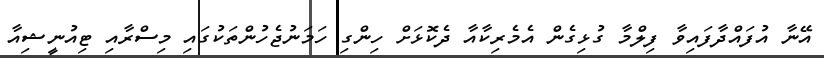
އޭނާ އުފައްދާފައިވާ ފިލްމާ ގުޅިގެން އެމެރިކާއާ ދެކޮޅަށް ހިންގި ހަމަނުޖެހުންތަކުގައި މިސްރާއި ޓިއުނީޝިއާ